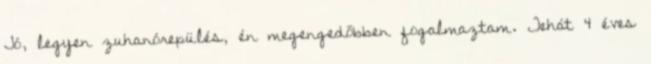
Jó, legyen zuhanórepülés, én megengedőbben fogalmaztam. Tehát 4 éves